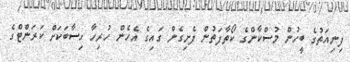
ފިނިއަތުގެ ބީހުން މުސްކާންގެ ކޯތާފަތުން ފެށިގެން ގައިގެ އެހެން ހުރިހާ ހިސާބަކަށް ކަރަންޓްގެ